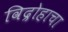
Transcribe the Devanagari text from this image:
विद्रोहाचा